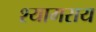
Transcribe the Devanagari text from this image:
श्यामराय